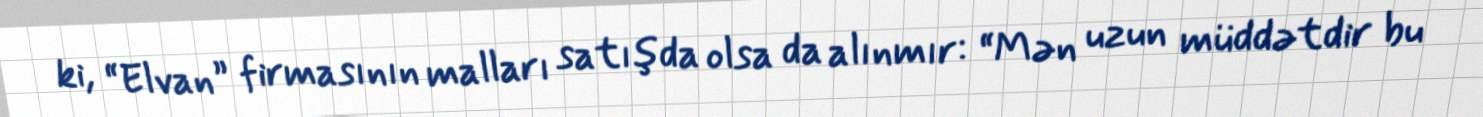
ki, “Elvan” firmasının malları satışda olsa da alınmır: “Mən uzun müddətdir bu